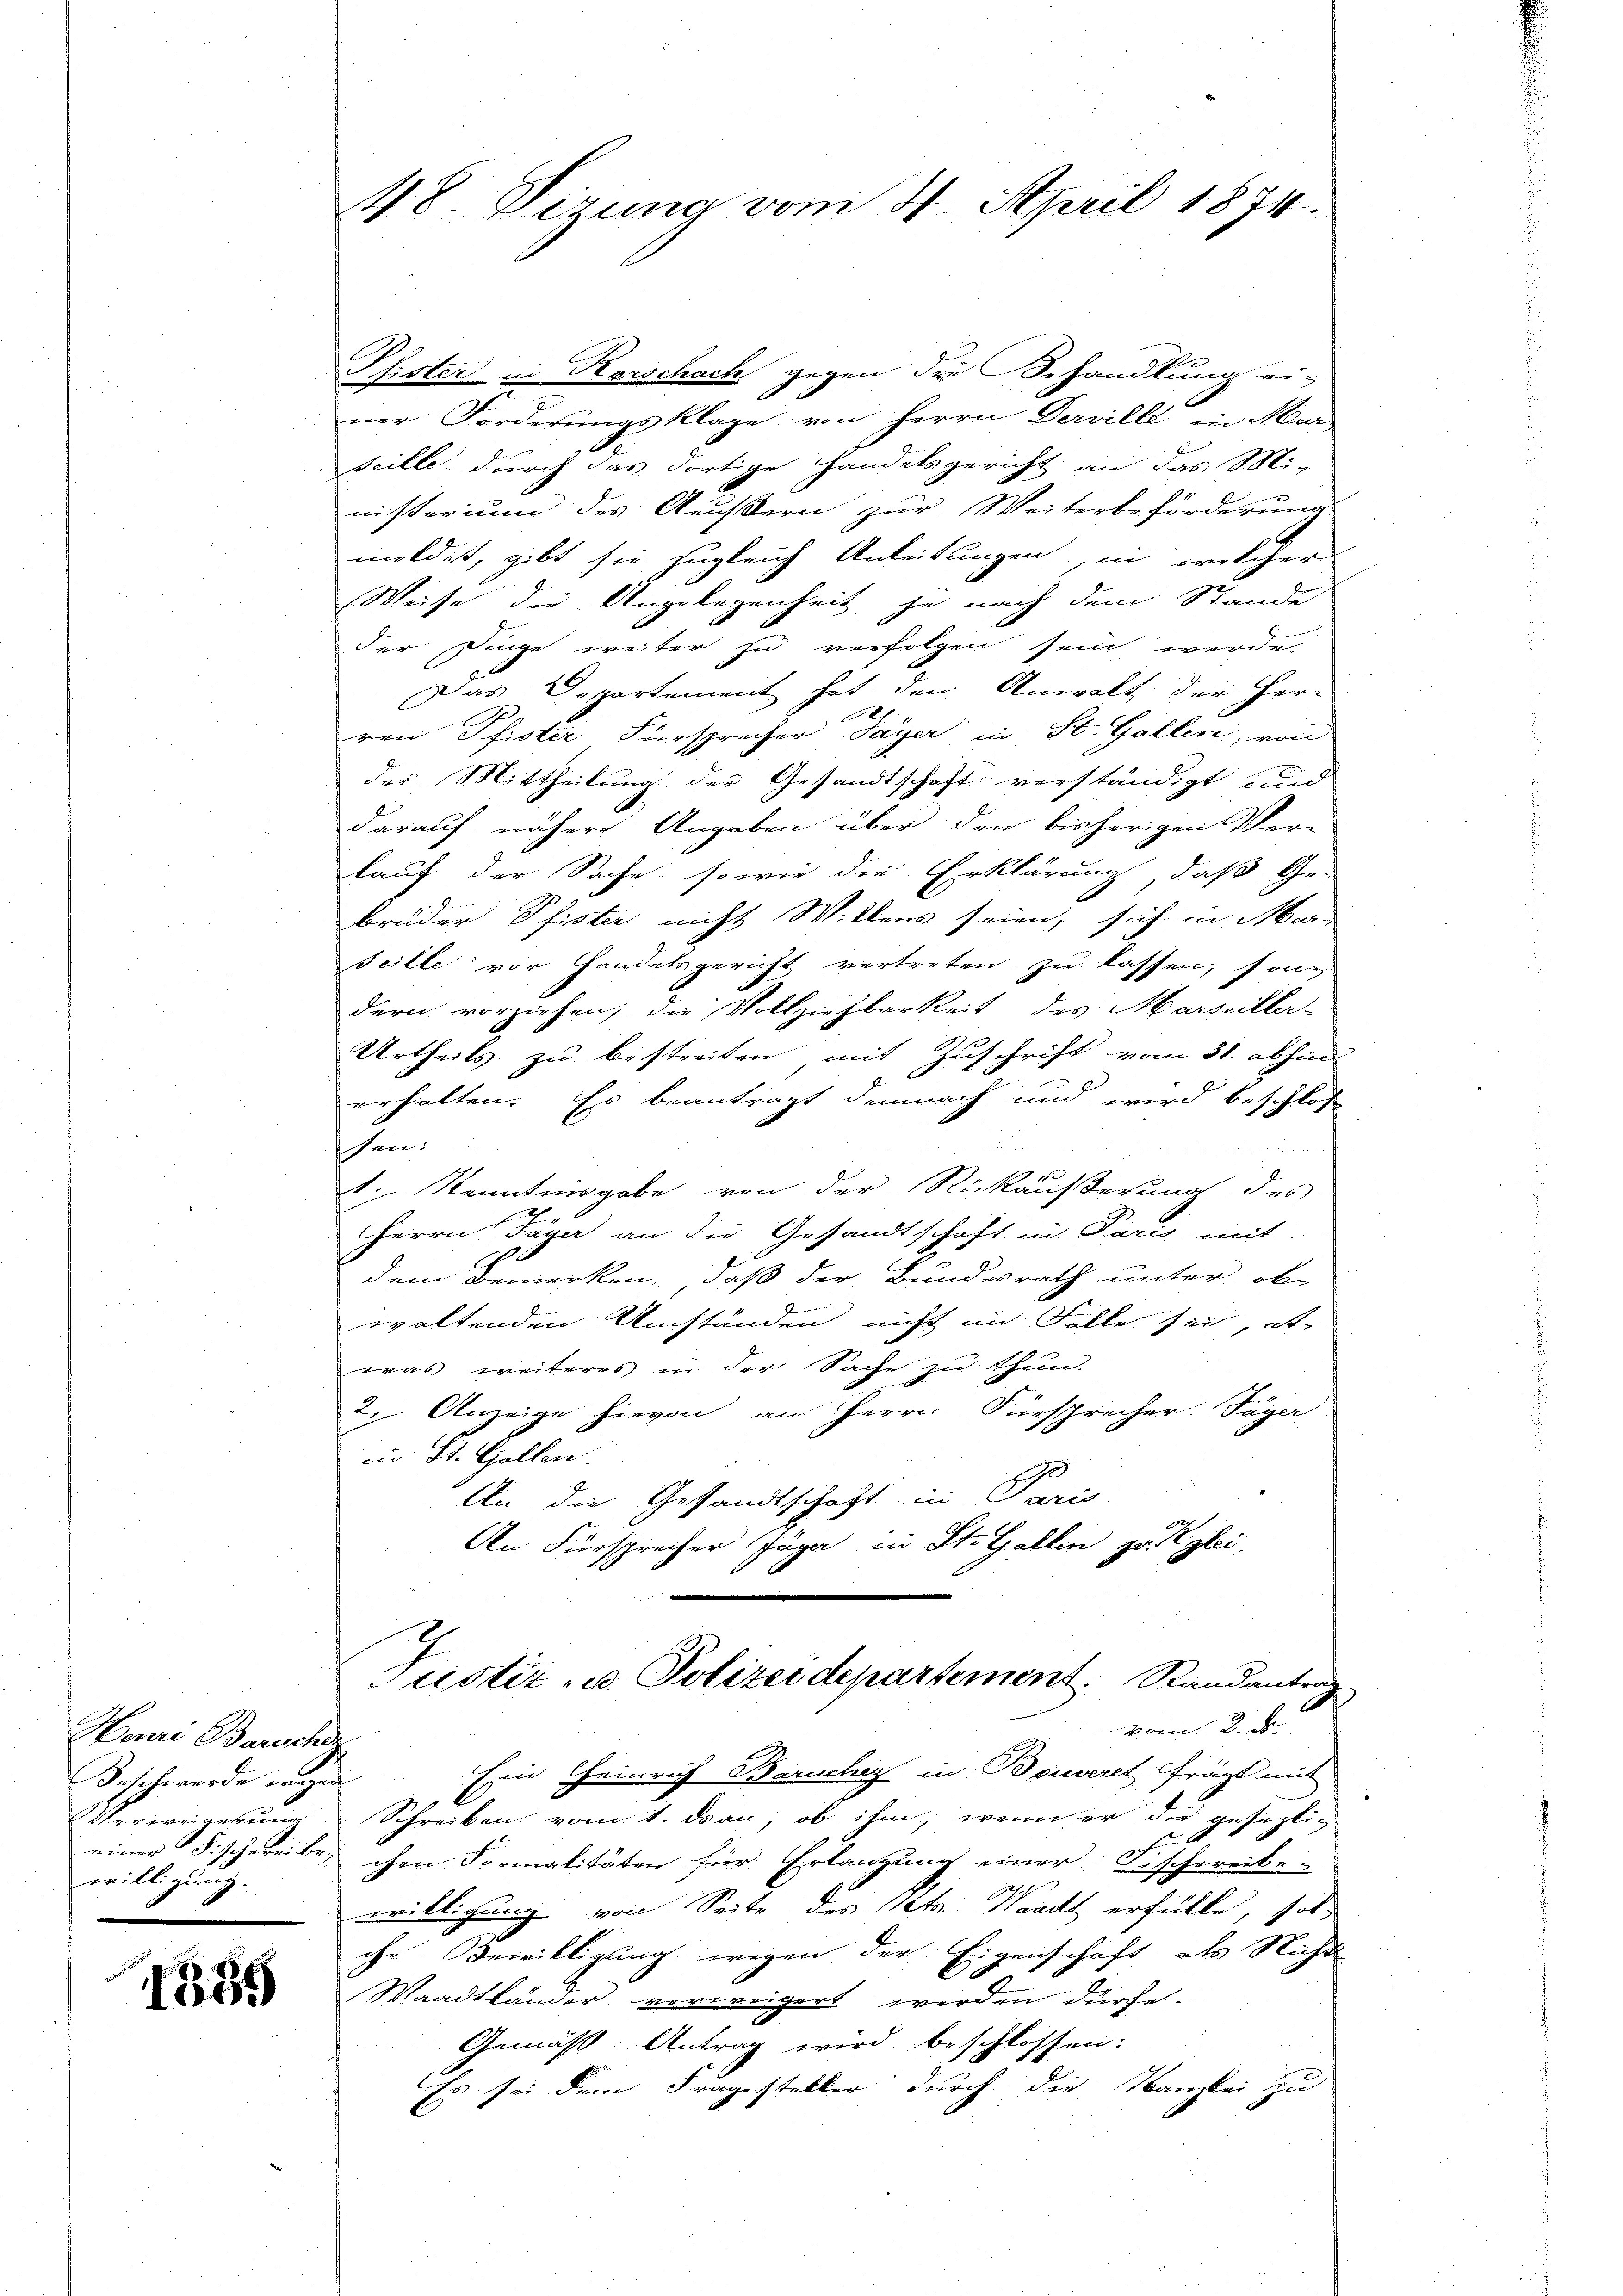
Henri Barischez
Beschwerde wegen
Verweigerung
willigung.

1885

48. Sizung vom 24. April 1874.

Pfister in Rorschach gegen die Behandlung ei-
ner Forderungsklage von Herrn Derville in Mur-
seille durch das dortige Handelsgericht an das Miinisterium des Aeussern zur Weiterbeförderung
meldet, gibt sie zugleich Anleitungen, in welcher
Weise die Angelegenheit je nach dem Stande
der Dinge weiter zu verfolgen sein werde,
Das Departement hat den Anwalt der Her-
ren Pfister Fürsprecher Payer in St. Gallen, von
der Mittheilung der Gesandtschaft verständigt und
darauf nähere Angaben über den bisherigen Ver-
kauf der Sache, sowie die Erklärung, daß Ge-
brüder Pfister nicht Willens seien, sich in Mar-
seille vor Handelsgericht vertreten zu lassen, sondern vorziehen, die Vollziehbarkeit des Marseiller-
Urtheils zu bestreiten, mit Zuschrift vom 31. abhin
erhalten. Es beantragt demnach und wird beschlos
sen:
1. Kenntnisgabe von der Rückäußerung des
Herrn Täger an die Gesandtschaft in Paris mit
b
dem Bemerken, daß der Bundesrath unter ob
2
waltenden Umständen nicht im Falle sei, et
was weiteres in der Sache zu thun.
2. Anzeige hievon am Herrn Fürsprecher. Täger
iin St. Gallen.
An die Gesandtschaft in Paris
An Fürsprecher Juge in St. Gallen zu Reglei
Justiz- u. Polizeidepartement. Randantrag
vom 2. d.
Ein Heinrich Barucher in Bouveret frägt mit
Schreiben vom 1. dran, ob ihm, wenn er die gesezli¬
F
einer Fischereiben che Formalitäten für Erlangung einer Fischereibe-
willigung von Seite des Petr. Waadt erfülle, solche Bewilligung wegen der Eigenschaft als Nicht
Waadtländer verweigert werden dürfe.
Gemäß Antrag wird beschlossen:
Es sei dem Fragesteller durch die Kanzlei zu